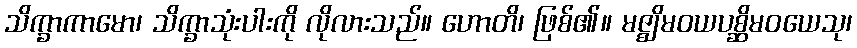
သိက္ခာကာမော၊ သိက္ခာသုံးပါးကို လိုလားသည်။ ဟောတိ၊ ဖြစ်၏။ မဇ္ဈိမဝယပစ္ဆိမဝယေသု၊